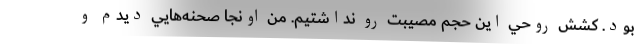
بود. كشش روحي اين حجم مصيبت رو نداشتيم. من اونجا صحنه‌هايي ديدم و